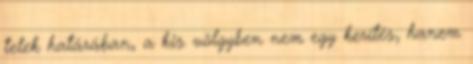
telek határában, a kis völgyben nem egy kerítés, hanem